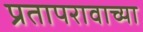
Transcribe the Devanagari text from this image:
प्रतापरावाच्या